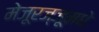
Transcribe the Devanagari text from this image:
मेजूरज्जूमधे